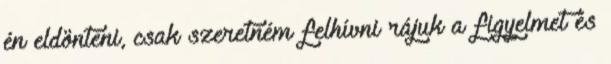
én eldönteni, csak szeretném felhívni rájuk a figyelmet és